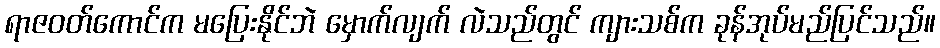
ရာဇဝတ်ကောင်က မပြေးနိုင်ဘဲ မှောက်လျက် လဲသည်တွင် ကျားသစ်က ခုန်အုပ်မည်ပြင်သည်။